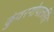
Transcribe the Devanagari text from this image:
कुंवरगोपालसिंह